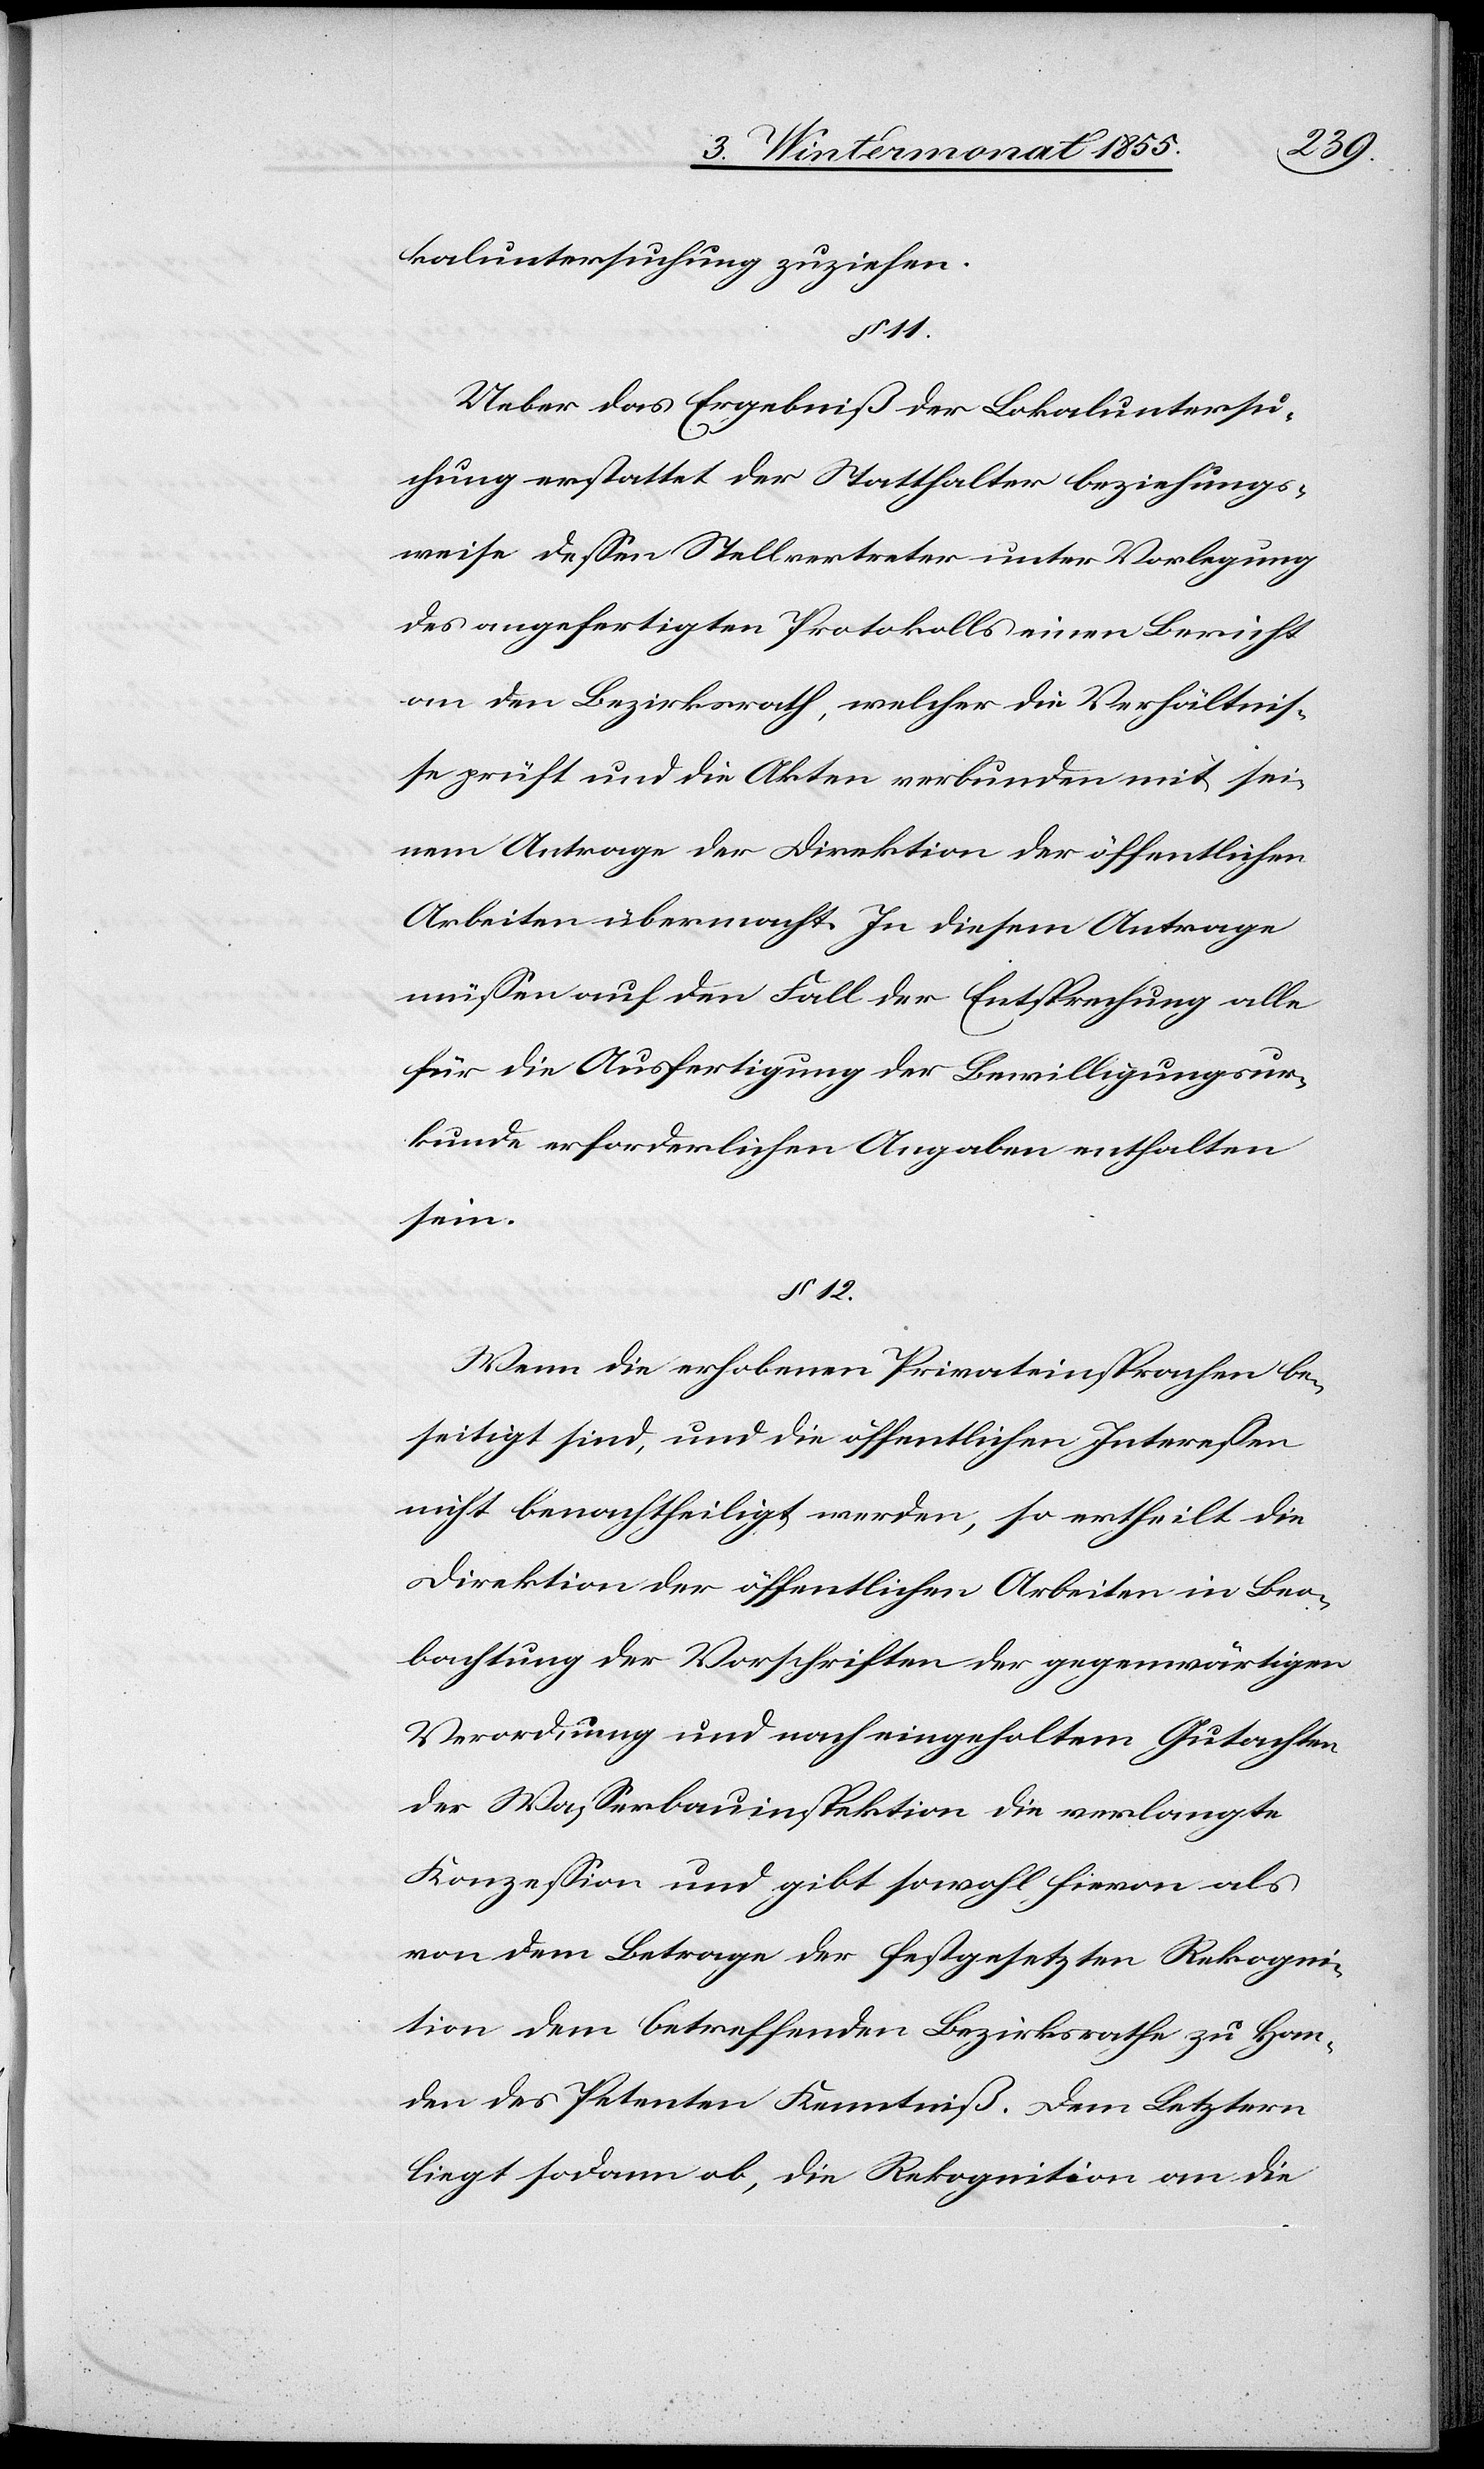
kaluntersuchung zuziehen.
11.
Ueber das Ergebniß der Lokaluntersu¬
chung erstattet der Statthalter beziehungs¬
weise dessen Stellvertreter unter Vorlegung
des angefertigten Protokolls einen Bericht
an den Bezirksrath, welcher die Verhältnis¬
se prüft und die Akten verbunden mit sei¬
nem Antrage der Direktion der öffentlichen
Arbeiten übermacht. In diesem Antrage
müssen auf den Fall der Entsprechung alle
für die Ausfertigung der Bewilligungsur¬
kunde erforderlichen Angaben enthalten
sein.
§ 12.
Wenn die erhobenen Privateinsprachen be¬
seitigt sind, und die öffentlichen Interessen
nicht benachtheiligt werden, so ertheilt die
Direktion der öffentlichen Arbeiten in Beo¬
bachtung der Vorschriften der gegenwärtigen
Verordnung und nach eingeholtem Gutachten
der Wasserbauinspektion die verlangte
Konzession und gibt sowohl hievon als
von dem Betrage der festgesetzten Rekogni¬
tion dem betreffenden Bezirksrathe zu Han¬
den des Petenten Kenntniß. Dem Letztern
liegt sodann ob, die Rekognition an die